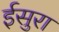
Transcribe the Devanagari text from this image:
ईसुरा